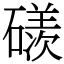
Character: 𥖄